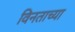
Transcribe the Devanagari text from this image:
विनताच्या